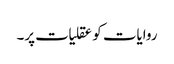
روایات کو عقلیات پر۔